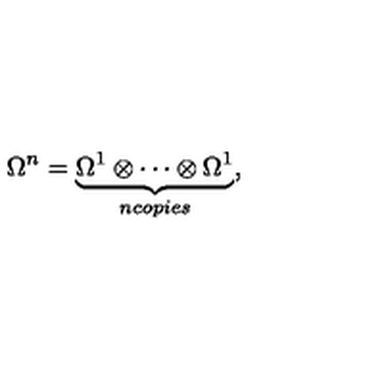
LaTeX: \Omega ^ { n } = \underbrace { \Omega ^ { 1 } \otimes \cdots \otimes \Omega ^ { 1 } } _ { n c o p i e s } ,